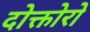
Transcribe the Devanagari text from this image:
दोक्तोरो